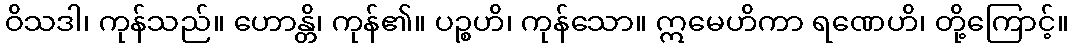
ဝိသဒါ၊ ကုန်သည်။ ဟောန္တိ၊ ကုန်၏။ ပဉ္စဟိ၊ ကုန်သော။ ဣမေဟိကာ ရဏေဟိ၊ တို့ကြောင့်။